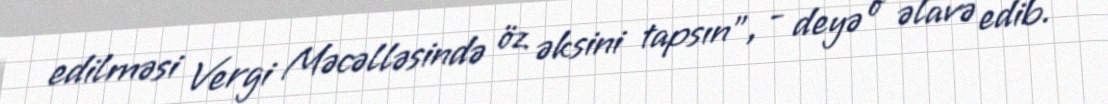
edilməsi Vergi Məcəlləsində öz əksini tapsın”, - deyə o əlavə edib.